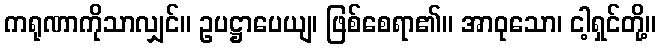
ကရုဏာကိုသာလျှင်။ ဥပဋ္ဌာပေယျ၊ ဖြစ်စေရာ၏။ အာဝုသော၊ ငါ့ရှင်တို့။